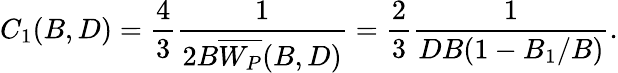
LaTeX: C_{1}(B,D)=\frac{4}{3}\frac{1}{2B\overline{{W_{P}}}(B,D)}=\frac{2}{3}\frac{1}{DB(1-B_{1}/B)}.